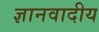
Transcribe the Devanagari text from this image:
ज्ञानवादीय